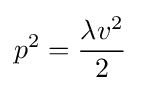
p^{2}={\frac {\lambda v^{2}}{2}}